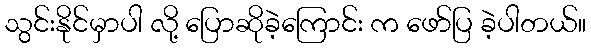
သွင်းနိုင်မှာပါ လို့ ပြောဆိုခဲ့ကြောင်း က ဖော်ပြ ခဲ့ပါတယ်။